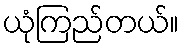
ယုံကြည်တယ်။